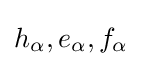
h_{\alpha },e_{\alpha },f_{\alpha }